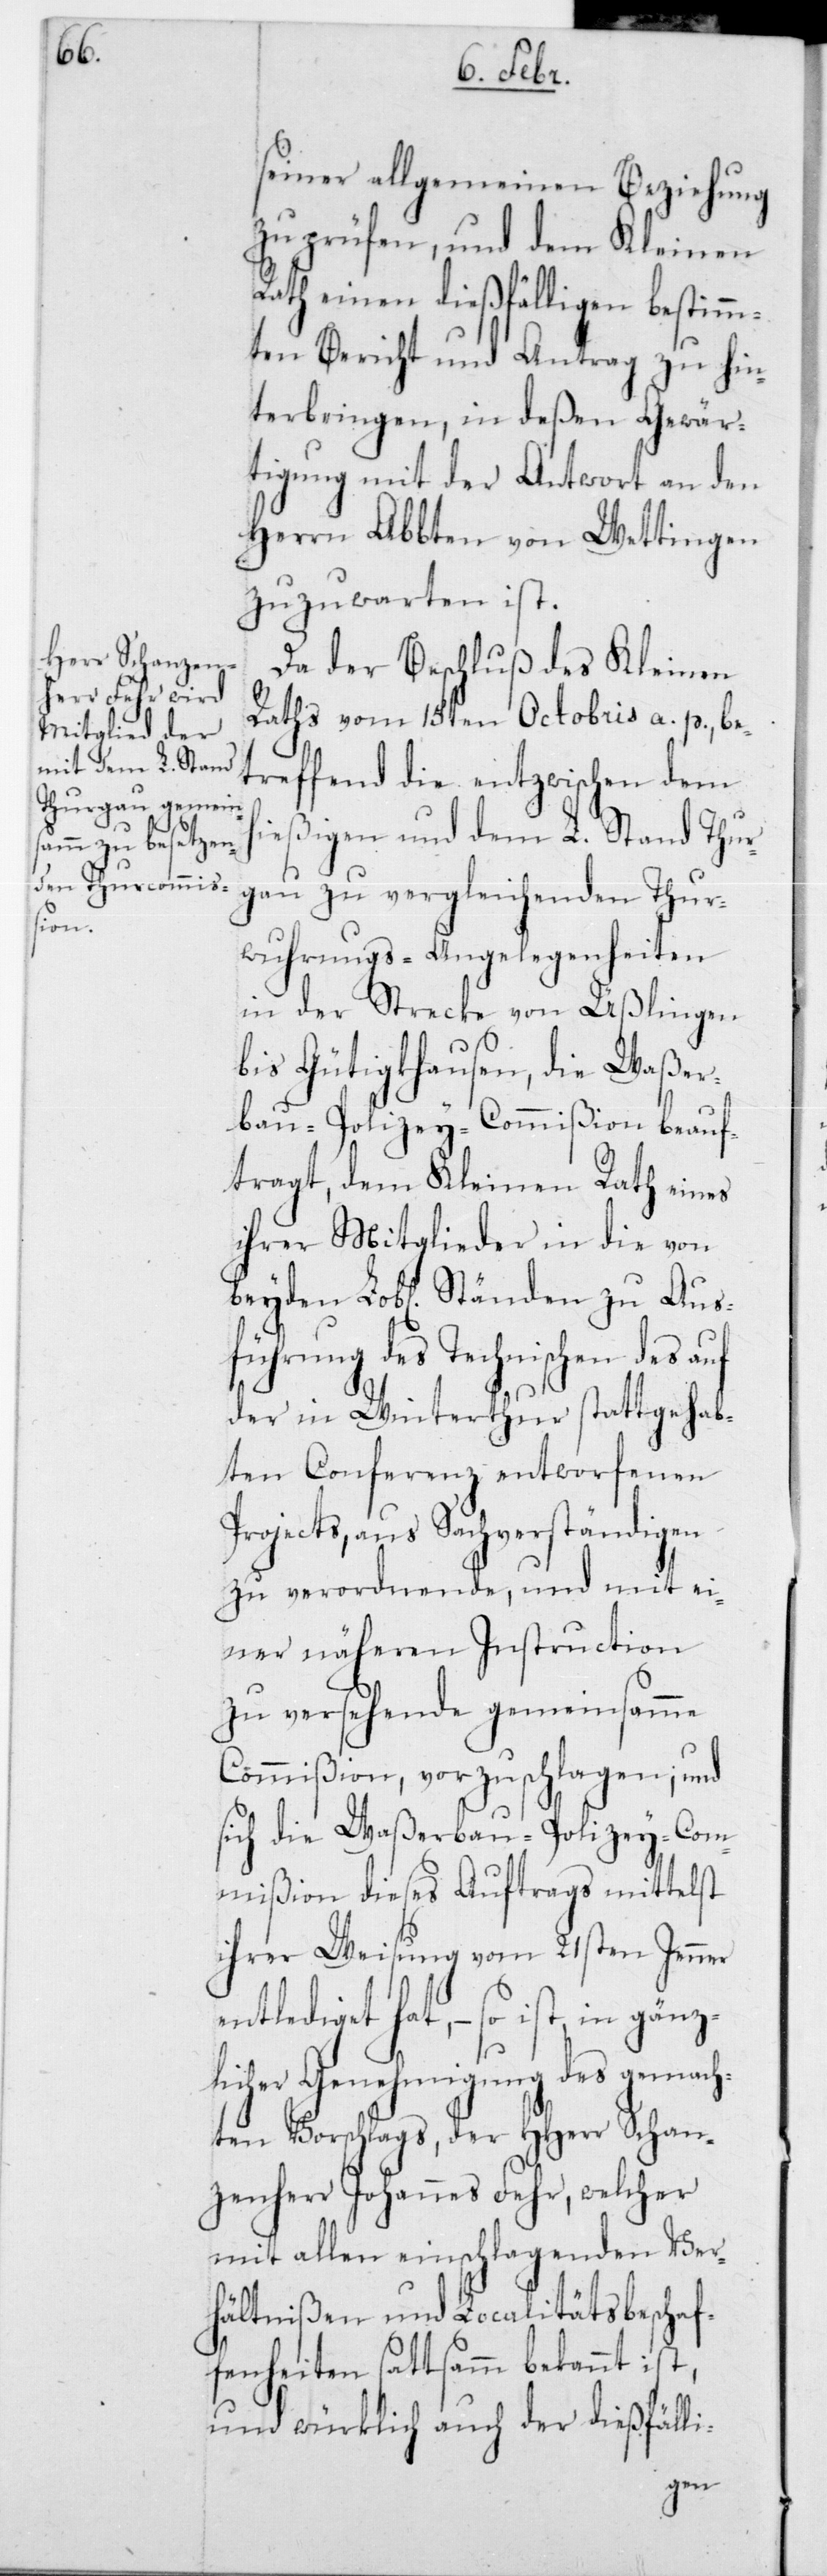
seiner allgemeinen Beziehung
zu prüfen, und dem Kleinen
Rath einen dießfälligen bestimm¬
ten Bericht und Antrag zu hin¬
terbringen, in deßen Gewär¬
tigung mit der Antwort an den
Herrn Abbten von Wettingen
zuzuwarten ist.
Da der Beschluß des Kleinen
Raths vom 15ten Octobris a. p., be¬
treffend die entzwischen dem
hießigen und dem L. Stand Thur¬
gau zu vergleichenden Thur¬
wuhrungs-Angelegenheiten
in der Strecke von Üßlingen
bis Gütigkhausen, die Waßer¬
bau-Polizey-Commißion beauf¬
tragt, dem Kleinen Rath eines
ihrer Mitglieder in die von
beyden Lobl. Ständen zu Ausfü¬
hrung des Technischen des
der in Winterthur stattgehab¬
ten Conferenz entworfene
Projects, aus Sachverständigen
zu verordnende, und mit ei¬
ner näheren Instruction
zu versehende gemeinsamme
Commißion, vorzuschlagen; und
sich die Waßerbau-Polizey-Com¬
mißion dieses Auftrags mittelst
ihrer Weisung vom 21sten Jenner
entlediget hat, – so ist in gänz¬
licher Genehmigung des gemach¬
ten Vorschlags, der HHerr Schan¬
zenherr Johannes Fehr, welcher
mit allen einschlagenden Ver¬
hältnißen und Localitätsbeschaf¬
fenheiten sattsam bekannt ist,
und würklich auch der dießfälli-